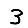
Digit: 3